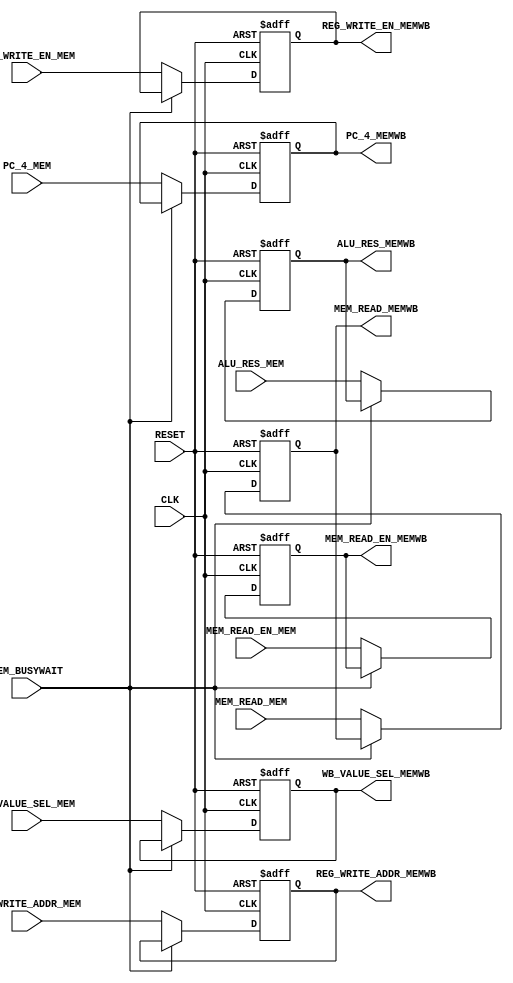
module mem_wb_reg(
    // inputs
    input CLK,
    input RESET,
    input MEM_BUSYWAIT,
    input  REG_WRITE_EN_MEM,
    input [1:0] WB_VALUE_SEL_MEM,
    input MEM_READ_EN_MEM,
    input [31:0] PC_4_MEM,
    input [31:0] ALU_RES_MEM,
    input [31:0] MEM_READ_MEM,
    input [4:0] REG_WRITE_ADDR_MEM,
    // outputs
    output reg REG_WRITE_EN_MEMWB,
    output reg [1:0] WB_VALUE_SEL_MEMWB,
    output reg MEM_READ_EN_MEMWB,
    output reg [31:0] PC_4_MEMWB,
    output reg [31:0] ALU_RES_MEMWB,
    output reg [31:0] MEM_READ_MEMWB,
    output reg [4:0] REG_WRITE_ADDR_MEMWB
);

    always @(posedge CLK, posedge RESET)
    begin
    if (RESET) begin
        REG_WRITE_EN_MEMWB <= 1'b0;
        WB_VALUE_SEL_MEMWB <= 2'b0;
        MEM_READ_EN_MEMWB <= 1'b0;
        PC_4_MEMWB <= 32'b0;
        ALU_RES_MEMWB <= 32'b0;
        MEM_READ_MEMWB <= 32'b0;
        REG_WRITE_ADDR_MEMWB <= 5'b0;
    end else if (!MEM_BUSYWAIT) begin
        REG_WRITE_EN_MEMWB <= REG_WRITE_EN_MEM;
        WB_VALUE_SEL_MEMWB <= WB_VALUE_SEL_MEM;
        MEM_READ_EN_MEMWB <= MEM_READ_EN_MEM;
        PC_4_MEMWB <= PC_4_MEM;
        ALU_RES_MEMWB <= ALU_RES_MEM;
        MEM_READ_MEMWB <= MEM_READ_MEM;
        REG_WRITE_ADDR_MEMWB <= REG_WRITE_ADDR_MEM;
    end
    end
    
endmodule